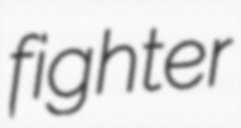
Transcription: fighter